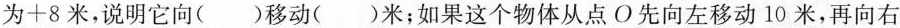
为+8米，说明它向( )移动( )米；如果这个物体从点O先向左移动10米，再向右